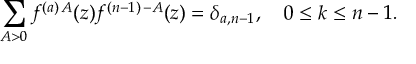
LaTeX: \sum _ { A > 0 } f ^ { ( a ) \, A } ( z ) f ^ { ( n - 1 ) \, - A } ( z ) = \delta _ { a , n - 1 } , \quad 0 \leq k \leq n - 1 .